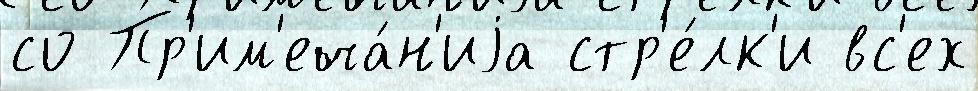
со Пр'им'еча́н'иjа стр'е́лк'и вс'ех